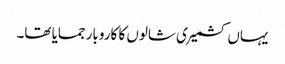
یہاں کشمیری شالوں کا کاروبار جمایا تھا۔